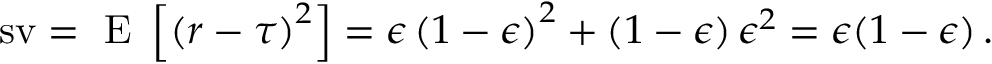
\operatorname { s v } = \mathrm { ~ E ~ } \left[ \left( r - \tau \right) ^ { 2 } \right] = \epsilon \left( 1 - \epsilon \right) ^ { 2 } + \left( 1 - \epsilon \right) \epsilon ^ { 2 } = \epsilon ( 1 - \epsilon ) \, .